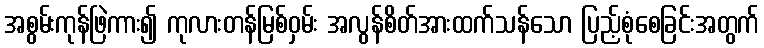
အစွမ်းကုန်ဖြဲကား၍ ကုလားတန်မြစ်ဝှမ်း အလွန်စိတ်အားထက်သန်သော ပြည့်စုံစေခြင်းအတွက်